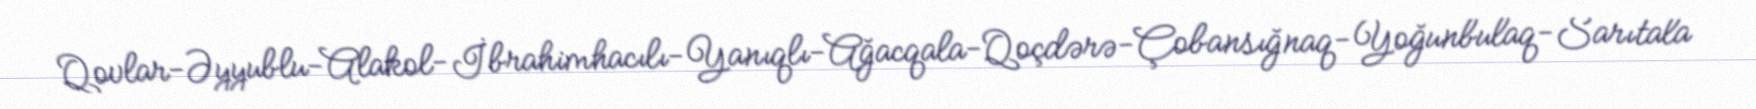
Qovlar-Əyyublu-Alakol-İbrahimhacılı-Yanıqlı-Ağacqala-Qoçdərə-Çobansığnaq-Yoğunbulaq-Sarıtala